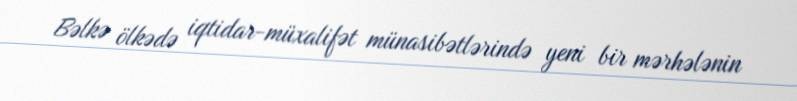
Bəlkə ölkədə iqtidar-müxalifət münasibətlərində yeni bir mərhələnin